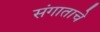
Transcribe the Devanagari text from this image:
संगाताचे